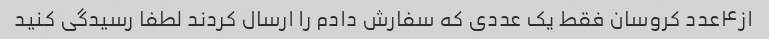
از۴عدد کروسان فقط یک عددی که سفارش دادم را ارسال کردند لطفا رسیدگی کنید